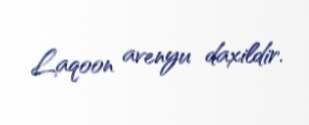
Laqoon avenyu daxildir.